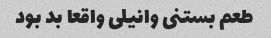
طعم بستنی وانیلی واقعا بد بود